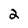
Character: 2